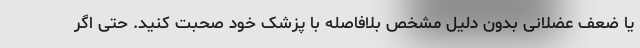
یا ضعف عضلانی بدون دلیل مشخص بلافاصله با پزشک خود صحبت کنید. حتی اگر